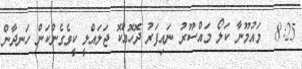
8:25  މައުމޫނާ ކަލޯ މައްސޫރު ނައިފަރު ދޮހޮއްކޮ ޖަލައްލީ ކީވެގެންކަން ހަނދާން